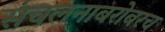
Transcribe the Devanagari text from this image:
संचलनाबरोबरच